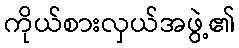
ကိုယ်စားလှယ်အဖွဲ့၏